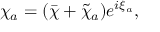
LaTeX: \chi _ { a } = ( \bar { \chi } + \tilde { \chi } _ { a } ) e ^ { i \xi _ { a } } ,